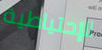
الإحتياطية